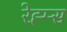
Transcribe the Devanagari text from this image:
रेह्म्स